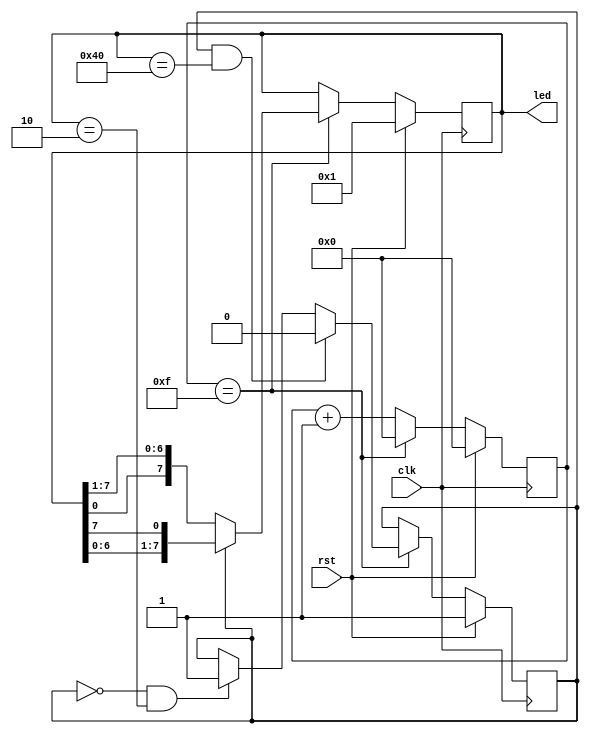
module knight(
	input clk,
	input rst,
	output reg [7:0] led
);

reg [12:0] cntr;
reg dir;

always @(posedge clk)
	if(rst)
		begin
			led <= 8'b1;
			cntr <= 13'b0;
			dir <= 1'b1;
		end
	else if(en)
		begin
			cntr <= 13'b0;
			if(dir && led == 8'b01000000)
				dir <= 1'b0;
			else if(!dir && led == 8'b00000010)
				dir <= 1'b1;
			if(dir)
				led <= {led[6:0], led[7]};
			else
				led <= {led[0], led[7:1]};
		end
	else
		cntr <= cntr + 13'b1;

assign en = (cntr == 15);

endmodule